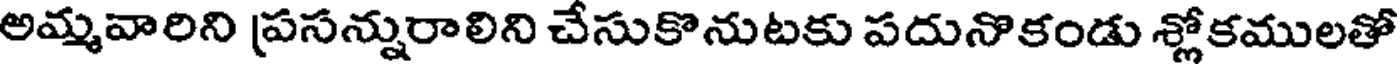
అమ్మవారిని ప్రసన్నురాలిని చేసుకొనుటకు పదునొకండు శ్లోకములతో